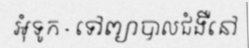
អុំទូក - ទៅព្យាបាលជំងឺនៅ